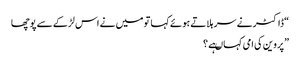
“ ڈاکٹر نے سر ہلاتے ہوئے کہا تو میں نے اس لڑکے سے پوچھا
”پروین کی امی کہاںہے ؟